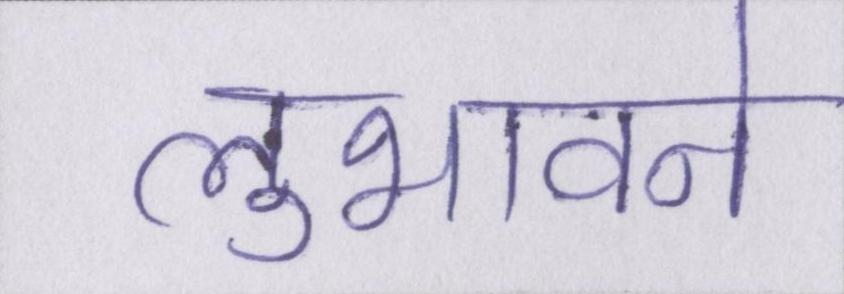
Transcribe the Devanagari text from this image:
लुभावने